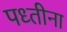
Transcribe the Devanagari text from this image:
पध्तीना